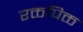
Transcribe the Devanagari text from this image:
रक्तपिक्त